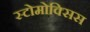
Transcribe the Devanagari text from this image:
स्टोमोक्सिस